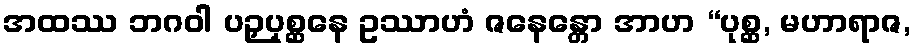
အထဿ ဘဂဝါ ပဉှပုစ္ဆနေ ဥဿာဟံ ဇနေန္တော အာဟ “ပုစ္ဆ, မဟာရာဇ,